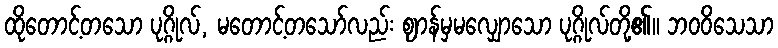
ထိုတောင့်တသော ပုဂ္ဂိုလ်, မတောင့်တသော်လည်း ဈာန်မှမလျှောသော ပုဂ္ဂိုလ်တို့၏။ ဘဝဝိသေသာ